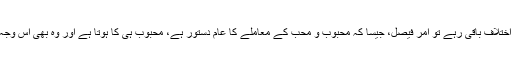
ایسا کم ہی ہوتا ہے کہ اختلاف برقرار رہے، تاہم اختلاف باقی رہے تو امرِ فیصل، جیسا کہ محبوب و محب کے معاملے کا عام دستور ہے، محبوب ہی کا ہوتا ہے اور وہ بھی اس وجہ سے کہ عقل ایمان کے فیصلے کو مان لیتی ہے۔